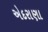
એદરાણા